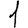
Digit: 1